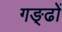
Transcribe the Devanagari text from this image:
गङ्ढों